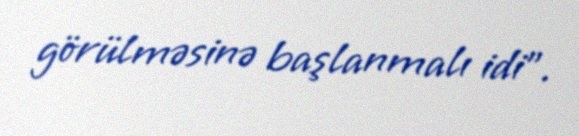
görülməsinə başlanmalı idi”.